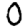
Digit: 0